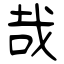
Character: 哉